Civil Veterinary Dept. North-West Frontier Province 1901-22 - 1901-1922
Year: 1901
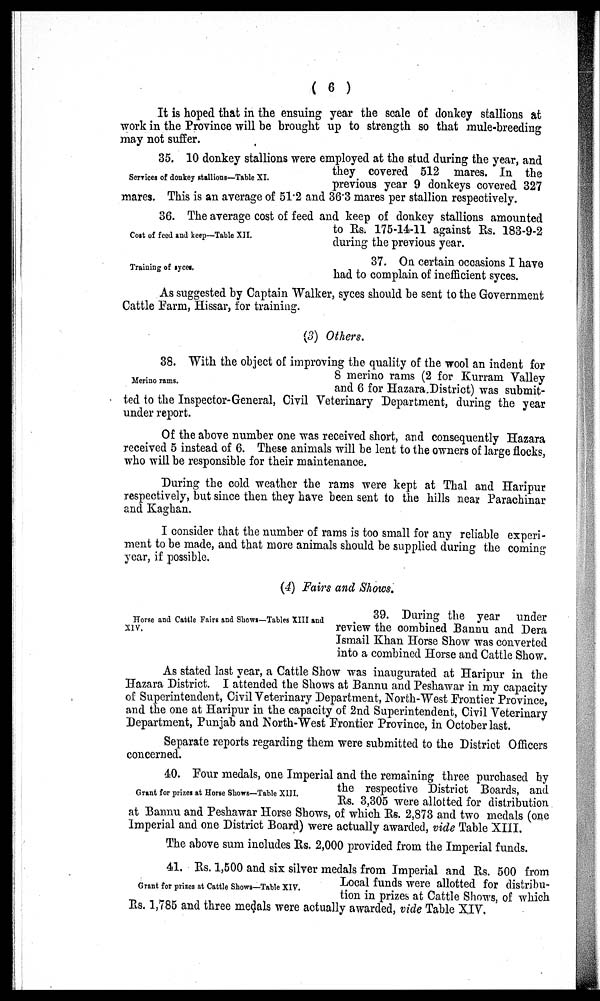
(6)
It is hoped that in the ensuing year the scale of donkey stallions at
work in the Province will be brought up to strength so that mule-breeding
may not suffer.
Services of donkey stallions—Table XI.
35. 10 donkey stallions were employed at the stud during the year, and
they covered 512 mares. In the
previous year 9 donkeys covered 327
mares. This is an average of 51.2 and 36.3 mares per stallion respectively.
Cost of feed and keep—Table XII.
36. The average cost of feed and keep of donkey stallions amounted
to Rs. 175-14-11 against Rs. 183-9-2
during the previous year.
Training of syces.
37. On certain occasions I have
had to complain of inefficient syces.
As suggested by Captain Walker, syces should be sent to the Government
Cattle Farm, Hissar, for training.
(3) Others.
Merino rams.
38. With the object of improving the quality of the wool an indent for
8 merino rams (2 for Kurram Valley
and 6 for Hazara District) was submit-
ted to the Inspector-General, Civil Veterinary Department, during the year
under report.
Of the above number one was received short, and consequently Hazara
received 5 instead of 6. These animals will be lent to the owners of large flocks,
who will be responsible for their maintenance.
During the cold weather the rams were kept at Thal and Haripur
respectively, but since then they have been sent to the hills near Parachinar
and Kaghan.
I consider that the number of rams is too small for any reliable experi-
ment to be made, and that more animals should be supplied during the coming
year, if possible.
(4) Fairs and Shows.
Horse and Cattle Fairs and Shows—Tables XIII and
XIV.
39. During the year under
review the combined Bannu and Dera
Ismail Khan Horse Show was converted
into a combined Horse and Cattle Show.
As stated last year, a Cattle Show was inaugurated at Haripur in the
Hazara District. I attended the Shows at Bannu and Peshawar in my capacity
of Superintendent, Civil Veterinary Department, North-West Frontier Province,
and the one at Haripur in the capacity of 2nd Superintendent, Civil Veterinary
Department, Punjab and North-West Frontier Province, in October last.
Separate reports regarding them were submitted to the District Officers
concerned.
Grant for prizes at Horse Shows—Table XIII.
40. Four medals, one Imperial and the remaining three purchased by
the respective District Boards, and
Rs. 3,305 were allotted for distribution
at Bannu and Peshawar Horse Shows, of which Rs. 2,873 and two medals (one
Imperial and one District Board) were actually awarded, vide Table XIII.
The above sum includes Rs. 2,000 provided from the Imperial funds.
Grant for prizes at Cattle Shows—Table XIV.
41. Rs. 1,500 and six silver medals from Imperial and Rs. 500 from
Local funds were allotted for distribu-
tion in prizes at Cattle Shows, of which
Rs. 1,785 and three medals were actually awarded, vide Table XIV.